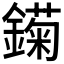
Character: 𲇣